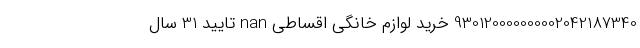
930120000000002042187340 خرید لوازم خانگی اقساطی nan تایید 31 سال